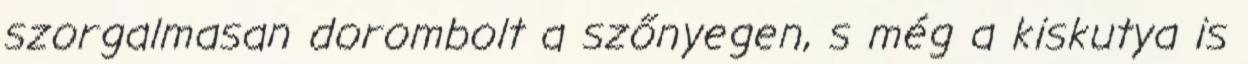
szorgalmasan dorombolt a szőnyegen, s még a kiskutya is